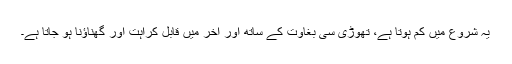
یہ شروع میں کم ہوتا ہے، تھوڑی سی بغاوت کے ساتھ اور آخر میں قابل کراہت اور گھناؤنا ہو جاتا ہے۔